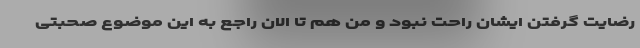
رضایت گرفتن ایشان راحت نبود و من هم تا الان راجع به این موضوع صحبتی